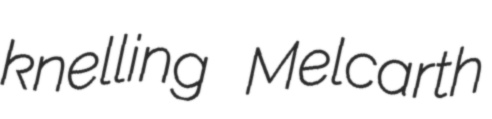
knelling Melcarth